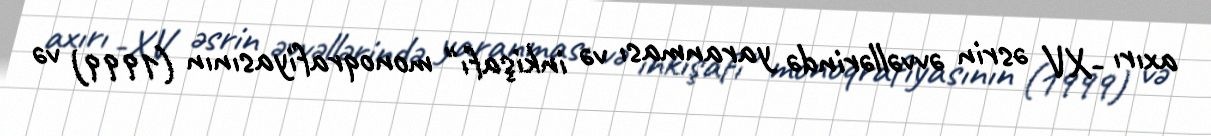
axırı -XV əsrin əvvəllərində yaranması və inkişafı" monoqrafiyasının (1999) və